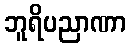
ဘူရိပညာဏာ